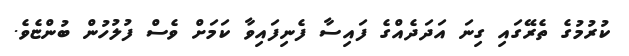
ކުރުމުގެ ތެރޭގައި ގިނަ އަދަދެއްގެ ފައިސާ ފެނިފައިވާ ކަމަށް ވެސް ފުލުހުން ބުންޏެވެ.